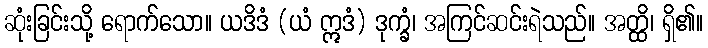
ဆုံးခြင်းသို့ ရောက်သော။ ယဒိဒံ (ယံ ဣဒံ) ဒုက္ခံ၊ အကြင်ဆင်းရဲသည်။ အတ္ထိ၊ ရှိ၏။